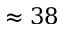
\approx 3 8